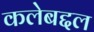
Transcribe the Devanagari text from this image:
कलेबद्दल